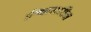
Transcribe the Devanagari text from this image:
ईश्वाराधीन